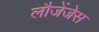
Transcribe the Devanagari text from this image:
लौजेंजेस